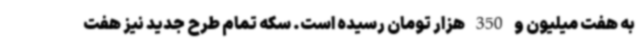
به هفت میلیون و 350 هزار تومان رسیده است. سکه تمام طرح جدید نیز هفت